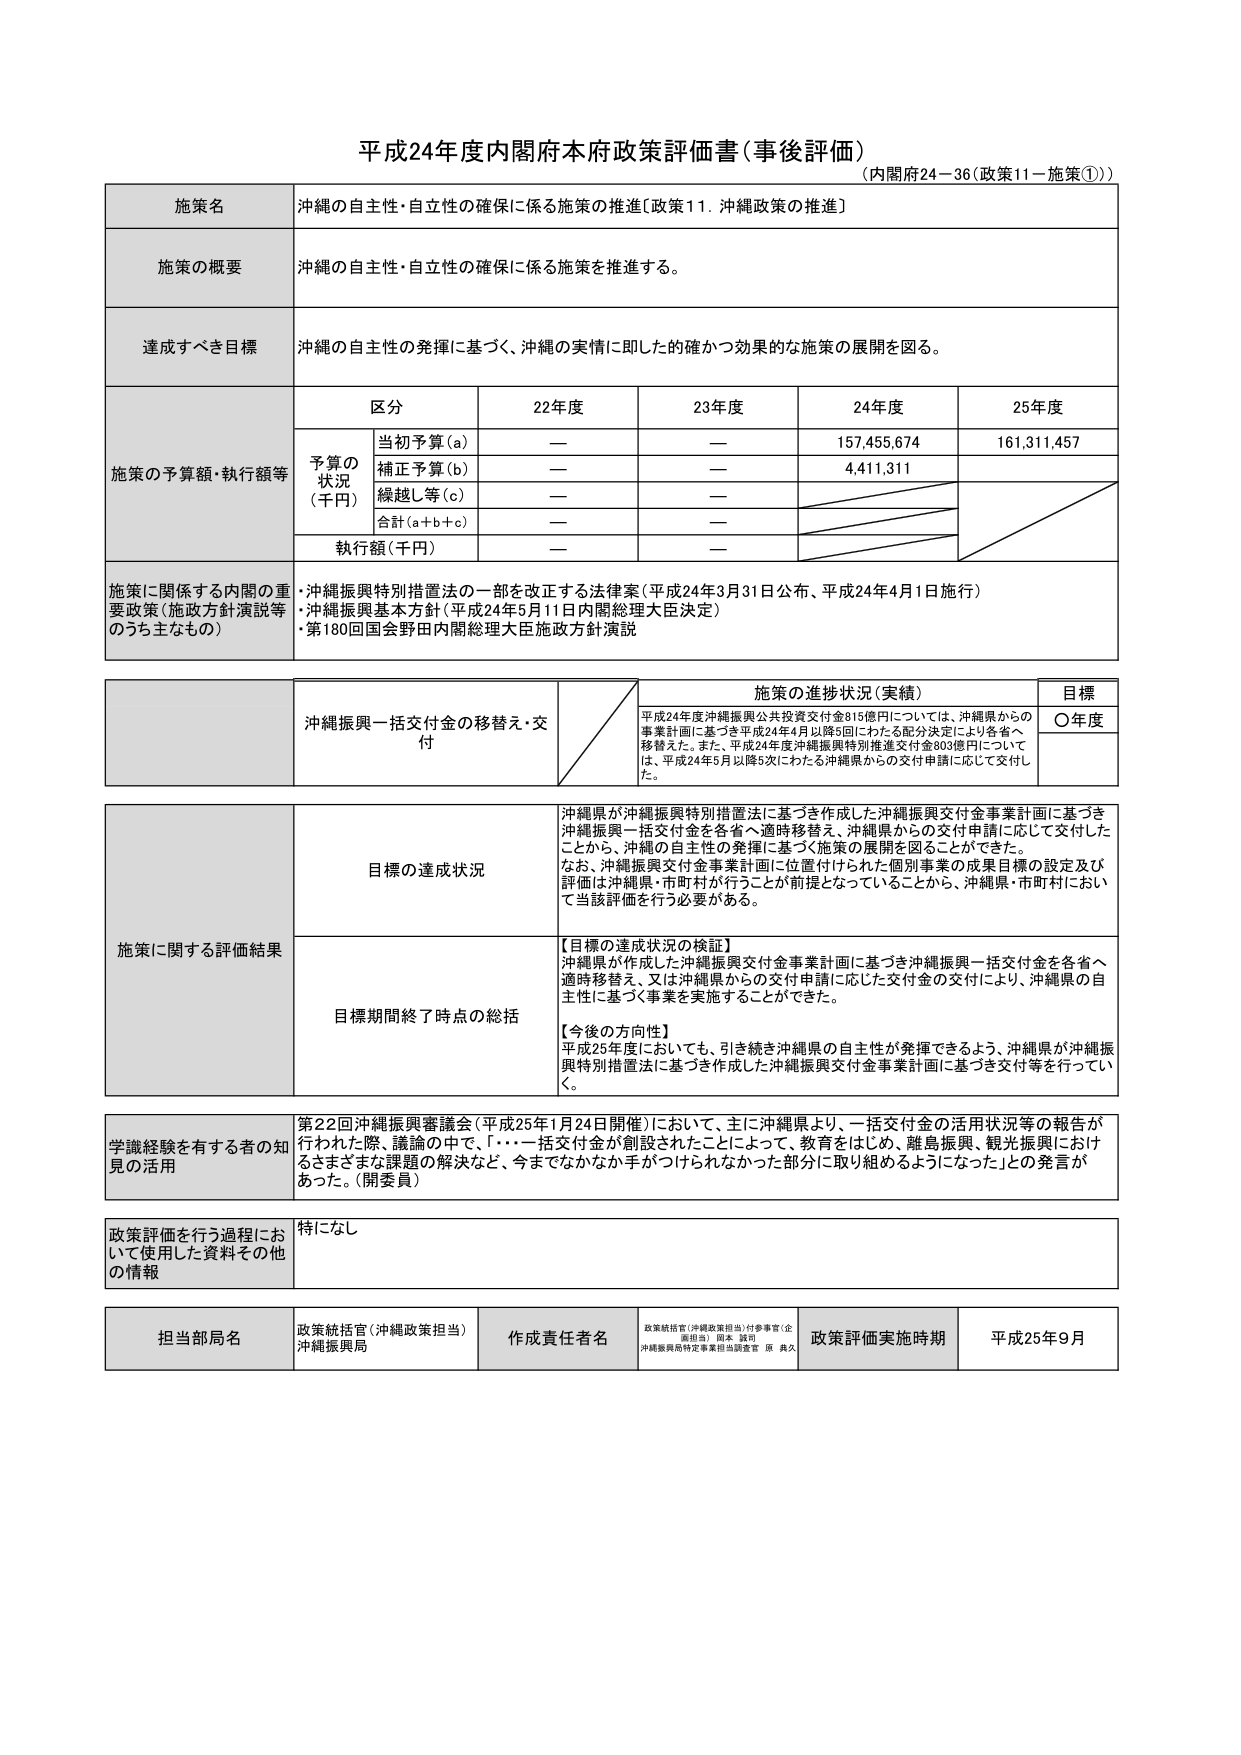
平成24年度内閣府本府政策評価書（事後評価）
（内閣府24－36（政策11－施策①））

施策名
沖縄の自主性・自立性の確保に係る施策の推進〔政策11．沖縄政策の推進〕

施策の概要
沖縄の自主性・自立性の確保に係る施策を推進する。

達成すべき目標
沖縄の自主性の発揮に基づく、沖縄の実情に即した的確かつ効果的な施策の展開を図る。

施策の予算額・執行額等
区分
22年度
23年度
24年度
25年度

予算の状況（千円）
当初予算（a）
—
—
157,455,674
161,311,457

補正予算（b）
—
—
4,411,311

繰越し等（c）
—
—

合計（a+b+c）
—
—

執行額（千円）
—
—

施策に関係する内閣の重要政策（施政方針演説等のうち主なもの）
・沖縄振興特別措置法の一部を改正する法律案（平成24年3月31日公布、平成24年4月1日施行）
・沖縄振興基本方針（平成24年5月11日内閣総理大臣決定）
・第180回国会野田内閣総理大臣施政方針演説

沖縄振興一括交付金の移替え・交付
施策の進捗状況（実績）
平成24年度沖縄振興公共投資交付金815億円については、沖縄県からの事業計画に基づき平成24年4月以降5回にわたる配分決定により各省へ移替えた。また、平成24年度沖縄振興特別推進交付金803億円については、平成24年5月以降5次にわたる沖縄県からの交付申請に応じて交付した。
目標
〇年度

施策に関する評価結果
目標の達成状況
沖縄県が沖縄振興特別措置法に基づき作成した沖縄振興交付金事業計画に基づき沖縄振興一括交付金を各省へ適時移替え、沖縄県からの交付申請に応じて交付したことから、沖縄の自主性の発揮に基づく施策の展開を図ることができた。
なお、沖縄振興交付金事業計画に位置付けられた個別事業の成果目標の設定及び評価は沖縄県・市町村が行うことが前提となっていることから、沖縄県・市町村において当該評価を行う必要がある。

目標期間終了時点の総括
【目標の達成状況の検証】
沖縄県が作成した沖縄振興交付金事業計画に基づき沖縄振興一括交付金を各省へ適時移替え、又は沖縄県からの交付申請に応じた交付金の交付により、沖縄県の自主性に基づく事業を実施することができた。
【今後の方向性】
平成25年度においても、引き続き沖縄県の自主性が発揮できるよう、沖縄県が沖縄振興特別措置法に基づき作成した沖縄振興交付金事業計画に基づき交付等を行っていく。

学識経験を有する者の知見の活用
第22回沖縄振興審議会（平成25年1月24日開催）において、主に沖縄県より、一括交付金の活用状況等の報告が行われた際、議論の中で、「・・・一括交付金が創設されたことによって、教育をはじめ、離島振興、観光振興におけるさまざまな課題の解決など、今までなかなか手がつけられなかった部分に取り組めるようになった」との発言があった。（開委員）

政策評価を行う過程において使用した資料その他的情報
特になし

担当部局名
政策統括官（沖縄政策担当）
沖縄振興局

作成責任者名
政策統括官（沖縄政策担当）付参事官（企画担当） 岡本 誠司
沖縄振興局特定事業担当調査官 原 典久

政策評価実施時期
平成25年9月